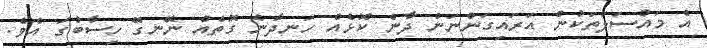
އެ މައްސަލަތަކުން އަރައިގަންނަން ދާނެ ކޮޅެއް ހަނދާނެ ގޮތެއް ނޭނގޭ ހިސާބުގަ އެވެ.